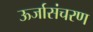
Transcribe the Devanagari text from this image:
ऊर्जासंचरण